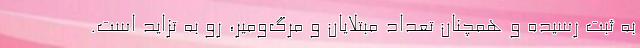
به ثبت رسیده و همچنان تعداد مبتلایان و مرگ‌ومیر، رو به تزاید است.